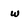
Character: w